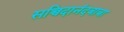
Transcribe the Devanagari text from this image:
सच्चिदानंदबाबा